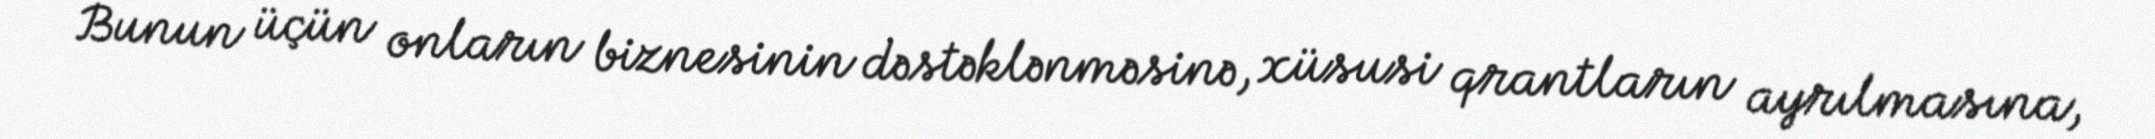
Bunun üçün onların biznesinin dəstəklənməsinə, xüsusi qrantların ayrılmasına,